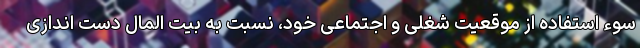
سوء استفاده از موقعیت شغلی و اجتماعی خود، نسبت به بیت المال دست اندازی